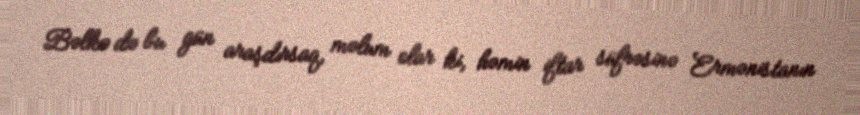
Bəlkə də bu gün araşdırsaq, məlum olar ki, həmin iftar süfrəsinə Ermənistanın